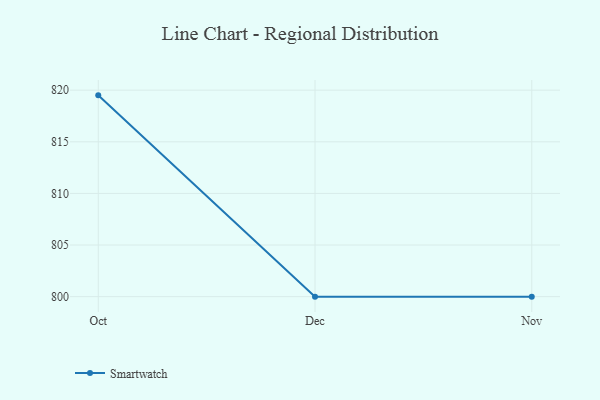
{"axis": {"x": "Month", "y": "Net Income (USD K)"}, "legend": ["Smartwatch"], "data": [{"x": "Oct", "y": 819.5, "type": "Smartwatch"}, {"x": "Dec", "y": 800, "type": "Smartwatch"}, {"x": "Nov", "y": 800, "type": "Smartwatch"}]}